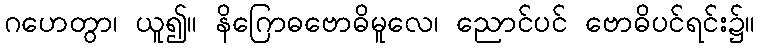
ဂဟေတွာ၊ ယူ၍။ နိဂြောဓဗောဓိမူလေ၊ ညောင်ပင် ဗောဓိပင်ရင်း၌။